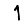
Digit: 1